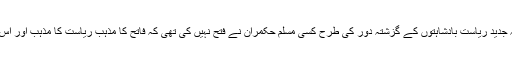
یہ حقیقت لیکن نظر انداز کر دی گئی کہ جدید ریاست بادشاہتوں کے گزشتہ دور کی طرح کسی مسلم حکمران نے فتح نہیں کی تھی کہ فاتح کا مذہب ریاست کا مذہب اور اس کا دیا ہوا نظام سرکاری نظام قرار پاتا۔